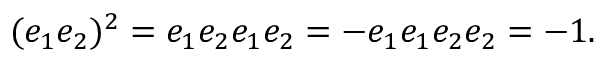
( e _ { 1 } e _ { 2 } ) ^ { 2 } = e _ { 1 } e _ { 2 } e _ { 1 } e _ { 2 } = - e _ { 1 } e _ { 1 } e _ { 2 } e _ { 2 } = - 1 .